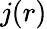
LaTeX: j(r)